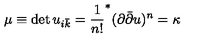
\mu \equiv \det u _ { i \bar { k } } = \frac { 1 } { n ! } ^ { * } ( \partial \bar { \partial } u ) ^ { n } = \kappa